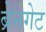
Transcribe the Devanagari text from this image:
ब्रेनगेट